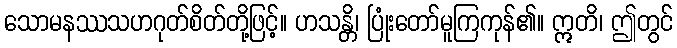
သောမနဿသဟဂုတ်စိတ်တို့ဖြင့်။ ဟသန္တိ၊ ပြုံးတော်မူကြကုန်၏။ ဣတိ၊ ဤတွင်